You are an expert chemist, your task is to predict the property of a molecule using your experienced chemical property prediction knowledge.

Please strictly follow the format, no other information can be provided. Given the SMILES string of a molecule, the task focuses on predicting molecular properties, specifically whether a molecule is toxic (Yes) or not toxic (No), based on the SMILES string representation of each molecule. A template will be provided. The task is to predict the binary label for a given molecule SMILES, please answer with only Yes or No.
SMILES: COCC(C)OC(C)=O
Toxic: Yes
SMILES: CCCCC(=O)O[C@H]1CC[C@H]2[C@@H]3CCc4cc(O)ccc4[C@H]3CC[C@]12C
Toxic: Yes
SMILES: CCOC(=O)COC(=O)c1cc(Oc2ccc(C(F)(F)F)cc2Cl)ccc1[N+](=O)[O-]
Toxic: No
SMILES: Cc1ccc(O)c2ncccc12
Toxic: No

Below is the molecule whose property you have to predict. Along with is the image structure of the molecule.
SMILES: CO[C@H]1O[C@@H]2O[C@]3(C)CC[C@H]4[C@H](C)CC[C@@H]([C@H]1C)C42OO3
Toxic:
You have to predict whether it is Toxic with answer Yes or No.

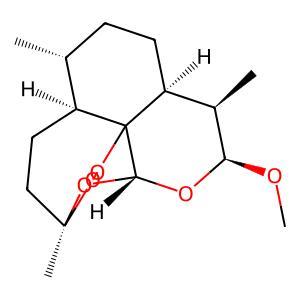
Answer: No